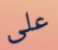
على